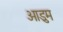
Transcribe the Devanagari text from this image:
ओडुम